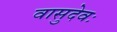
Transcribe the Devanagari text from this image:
वासुदेवः